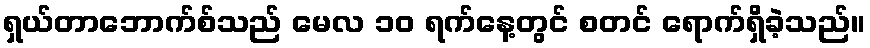
ရှယ်တာဘောက်စ်သည် မေလ ၁၀ ရက်နေ့တွင် စတင် ရောက်ရှိခဲ့သည်။